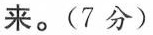
来。(7分)